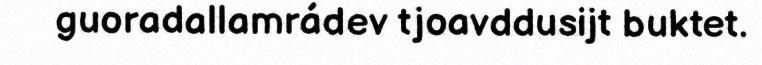
guoradallamrádev tjoavddusijt buktet.